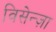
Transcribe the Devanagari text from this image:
विसेन्ज़ा